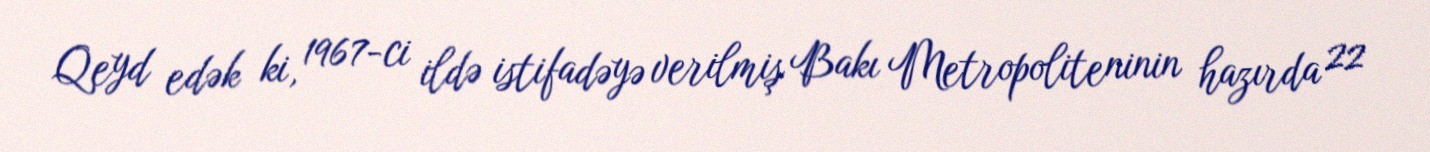
Qeyd edək ki, 1967-ci ildə istifadəyə verilmiş Bakı Metropoliteninin hazırda 22